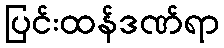
ပြင်းထန်ဒဏ်ရာ